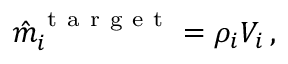
\hat { m } _ { i } ^ { \mathrm { ~ t ~ a ~ r ~ g ~ e ~ t ~ } } = \rho _ { i } V _ { i } \, ,